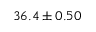
3 6 . 4 \pm 0 . 5 0